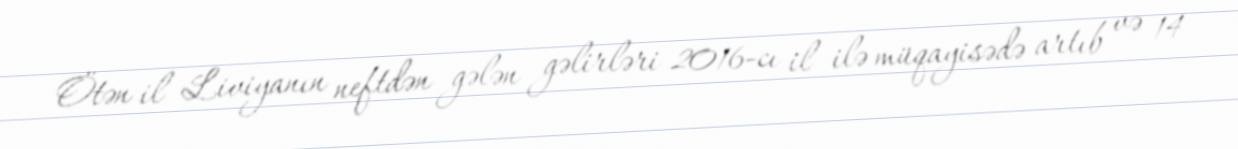
Ötən il Liviyanın neftdən gələn gəlirləri 2016-cı il ilə müqayisədə artıb və 14